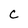
Character: C